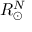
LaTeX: R _ { \odot } ^ { N }